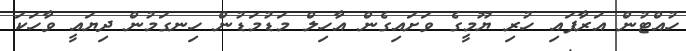
ހުއްޓުން އަރާފައި ހުރި ޔޫމީގެ ވަށައިގެން އާހިލް މަޑުމަޑުން ހިނގަމުން ދިޔައީ ވާހަކަ